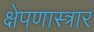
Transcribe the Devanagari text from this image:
क्षेपणास्त्रार